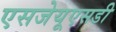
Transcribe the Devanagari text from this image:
एसजेयूएसडी